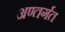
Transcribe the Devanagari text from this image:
अण्तर्गत